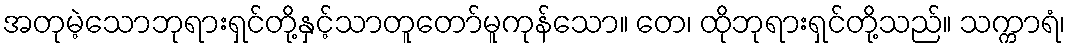
အတုမဲ့သောဘုရားရှင်တို့နှင့်သာတူတော်မူကုန်သော။ တေ၊ ထိုဘုရားရှင်တို့သည်။ သက္ကာရံ၊